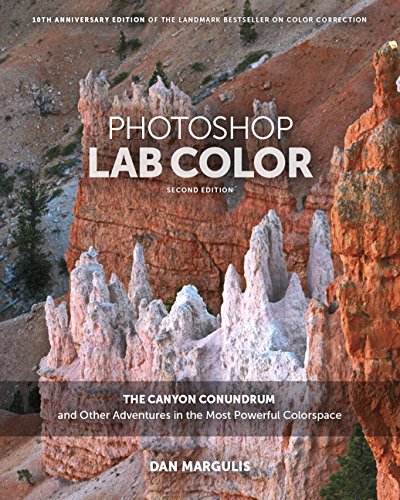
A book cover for Photoshop LAB Color: The Canyon Conundrum and Other Adventures in the Most Powerful Colorspace (2nd Edition); Dan Margulis; Arts & Photography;